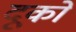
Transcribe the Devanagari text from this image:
दूको